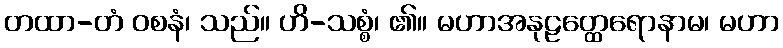
တထာ-တံ ဝစနံ၊ သည်။ ဟိ-သစ္စံ၊ ၏။ မဟာအနုဠတ္ထေရောနာမ၊ မဟာ